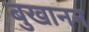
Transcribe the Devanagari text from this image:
बुखानन